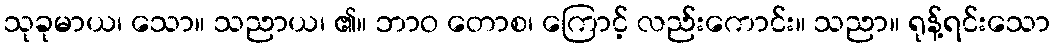
သုခုမာယ၊ သော။ သညာယ၊ ၏။ ဘာဝ တောစ၊ ကြောင့် လည်းကောင်း။ သညာ။ ရုန့်ရင်းသော